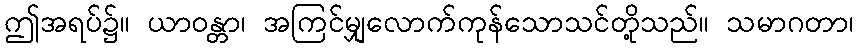
ဤအရပ်၌။ ယာဝန္တာ၊ အကြင်မျှလောက်ကုန်သောသင်တို့သည်။ သမာဂတာ၊